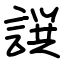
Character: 譔